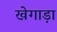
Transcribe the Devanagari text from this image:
खेगाड़ा